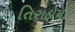
તિરાડોની